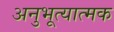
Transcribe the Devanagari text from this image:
अनुभूत्यात्मक